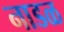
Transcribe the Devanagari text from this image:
नाडळ